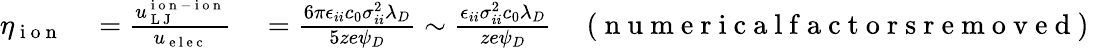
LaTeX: \begin{array}{rl}{\eta_{\mathrm{~i~o~n~}}}&{{}=\frac{u_{\mathrm{~L~J~}}^{\mathrm{~i~o~n~-~i~o~n~}}}{u_{\mathrm{~e~l~e~c~}}}\quad=\frac{6\pi\epsilon_{ii}c_{0}\sigma_{ii}^{2}\lambda_{D}}{5ze\psi_{D}}\sim\frac{\epsilon_{ii}\sigma_{ii}^{2}c_{0}\lambda_{D}}{ze\psi_{D}}\quad\mathrm{~(~n~u~m~e~r~i~c~a~l~f~a~c~t~o~r~s~r~e~m~o~v~e~d~)~}}\end{array}